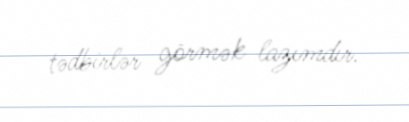
tədbirlər görmək lazımdır.